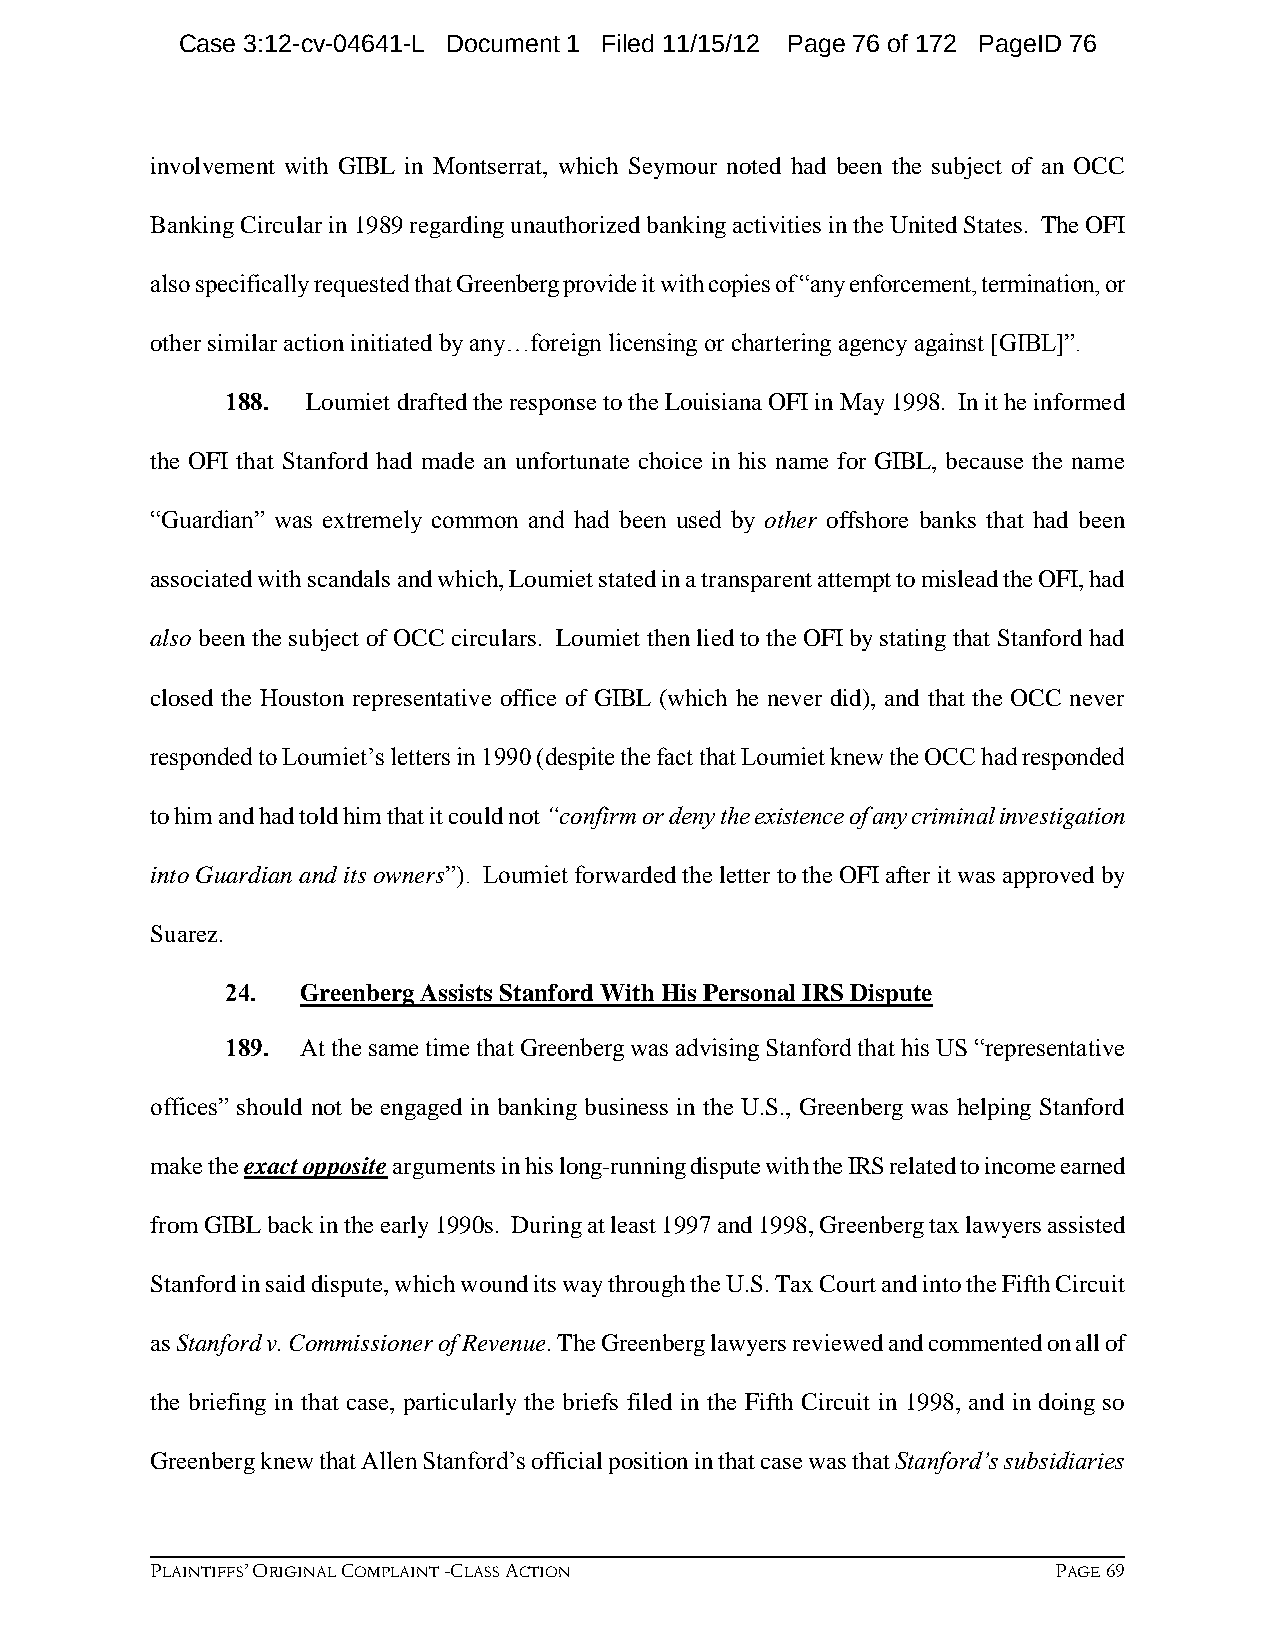
Case 3:12-cv-04641-L Document 1 Filed 11/15/12 Page 76 of 172 PageID 76
 involvement with GIBL in Montserrat, which Seymour noted had been the subject of an OCC
 Banking Circular in 1989 regarding unauthorized banking activities in the United States. The OFI
 also specifically requested that Greenberg provide it with copies of “any enforcement, termination, or
 other similar action initiated by any…foreign licensing or chartering agency against [GIBL]”.
 188. Loumiet drafted the response to the Louisiana OFI in May 1998. In it he informed
 the OFI that Stanford had made an unfortunate choice in his name for GIBL, because the name
 “Guardian” was extremely common and had been used by other offshore banks that had been
 associated with scandals and which, Loumiet stated in a transparent attempt to mislead the OFI, had
 also been the subject of OCC circulars. Loumiet then lied to the OFI by stating that Stanford had
 closed the Houston representative office of GIBL (which he never did), and that the OCC never
 responded to Loumiet’s letters in 1990 (despite the fact that Loumiet knew the OCC had responded
 to him and had told him that it could not “confirm or deny the existence of any criminal investigation
 into Guardian and its owners”). Loumiet forwarded the letter to the OFI after it was approved by
 Suarez.
 24.  Greenberg Assists Stanford With His Personal IRS Dispute
 189. At the same time that Greenberg was advising Stanford that his US “representative
 offices” should not be engaged in banking business in the U.S., Greenberg was helping Stanford
 make the exact opposite arguments in his long-running dispute with the IRS related to income earned
 from GIBL back in the early 1990s. During at least 1997 and 1998, Greenberg tax lawyers assisted
 Stanford in said dispute, which wound its way through the U.S. Tax Court and into the Fifth Circuit
 as Stanford v. Commissioner of Revenue. The Greenberg lawyers reviewed and commented on all of
 the briefing in that case, particularly the briefs filed in the Fifth Circuit in 1998, and in doing so
 Greenberg knew that Allen Stanford’s official position in that case was that Stanford’s subsidiaries
 PLAINTIFFS’ ORIGINAL COMPLAINT -CLASS ACTION                PAGE 69